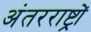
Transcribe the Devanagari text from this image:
अंतरराष्ट्रों